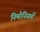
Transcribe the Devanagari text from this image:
निमोनियामें